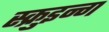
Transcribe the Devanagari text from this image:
स्क्रुइन्ग